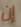
إن